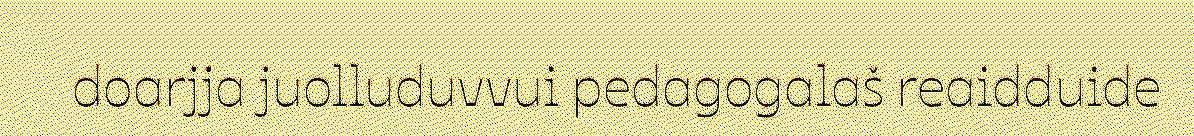
doarjja juolluduvvui pedagogalaš reaidduide